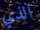
الذي